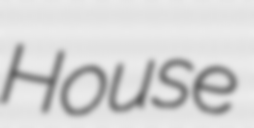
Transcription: House